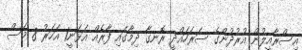
އިސްރާއީލުން އުރުދުންގެ ސަރަހައްދީ ރޮނގާ ދިމާގައި ފާރެއް އަޅަނީ1 އަހަރު 8 މަސް